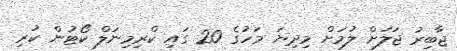
ޖާބިރު ޖަލަށް ލުމަށް މިދިޔަ މަހުގެ 20 ގައި ކްރިމިނަލް ކޯޓުން ކުރި